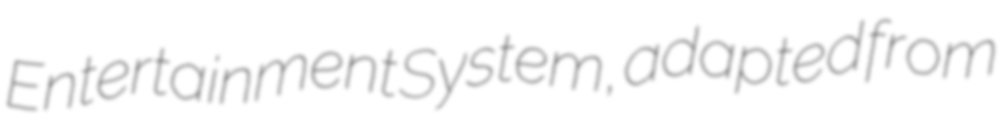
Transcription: Entertainment System, adapted from